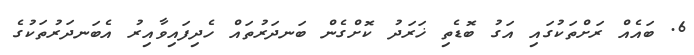
6. ބައެއް ރަށްތަކުގައި އަގު ބޮޑެތި ޚަރަދު ކޮށްގެން ބަނދަރުތައް ހެދިފައިވާއިރު އެބަނދަރުތަކުގެ